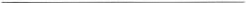
___